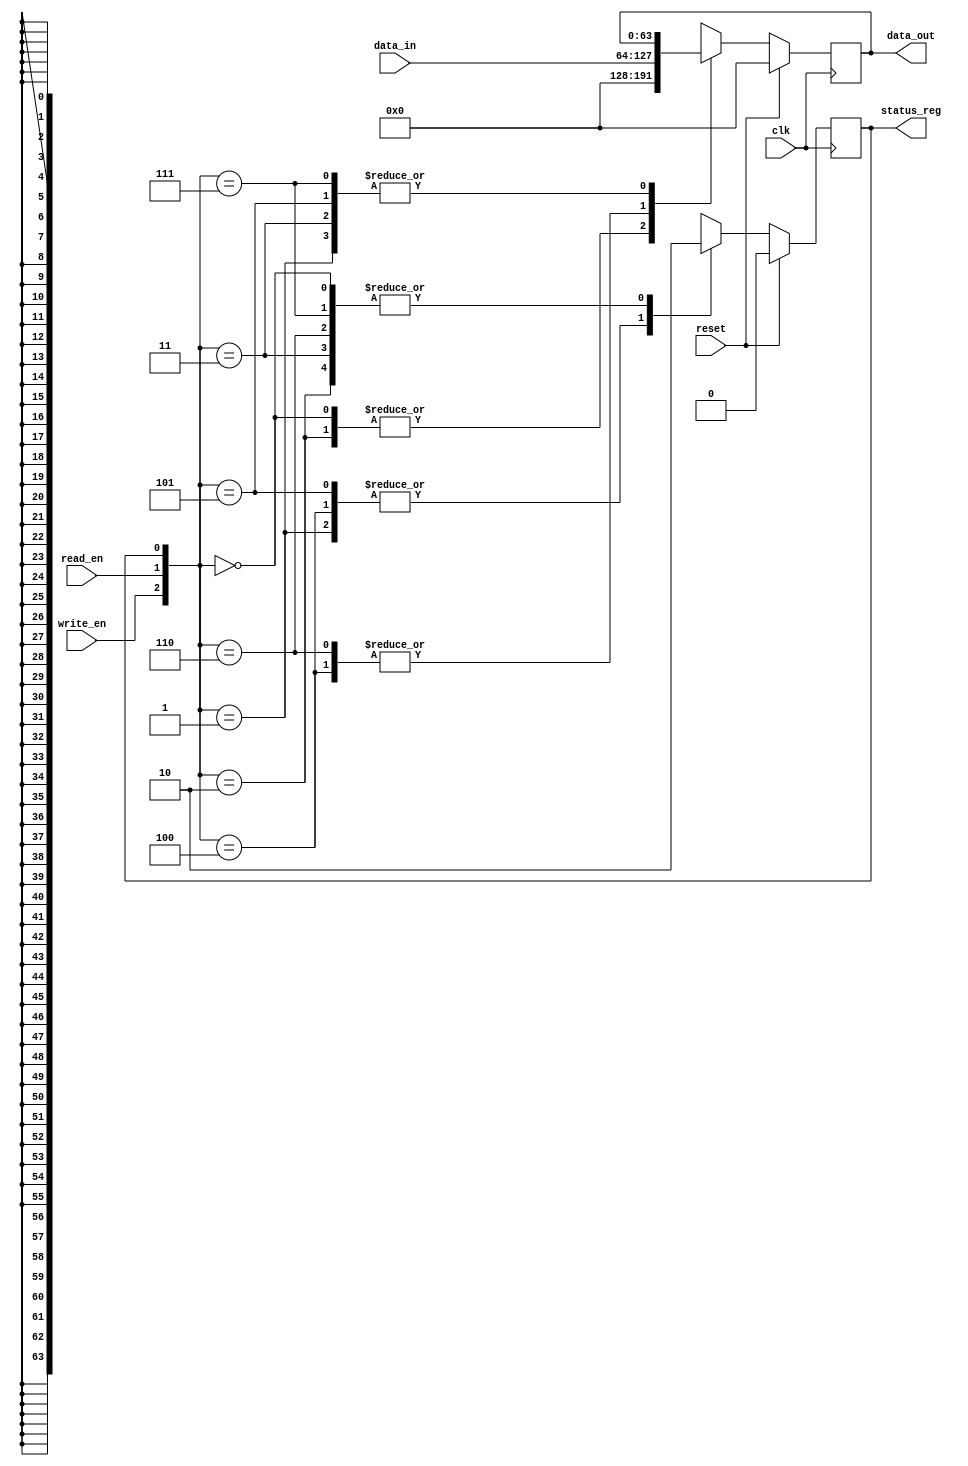
module cardinal_nic_buffer(
    clk, reset, write_en, read_en, data_in, data_out, status_reg
);

parameter BUFFER_WIDTH = 64;

input clk, reset; // synchronous active high reset
input write_en;
input read_en;
input [0:BUFFER_WIDTH - 1] data_in;
output reg [0:BUFFER_WIDTH - 1] data_out;
output reg status_reg; //channel status register flag to indicate if channel buffer is full or empty


always @(posedge clk) begin
    if (reset) begin
        status_reg <= 0;
        data_out <= 0;
    end
    else begin
        case ({write_en, read_en, status_reg})
            3'b000: begin
                status_reg <= 0;
                data_out <= 0;
            end
            3'b001: begin
                status_reg <= 1;
                data_out <= data_out;
            end
            3'b010: begin
                status_reg <= 0;
                data_out <= 0;
            end
            3'b011: begin
                status_reg <= 0;
                data_out <= data_out;
            end
            3'b100: begin
                status_reg <= 1;
                data_out <= data_in;
            end
            3'b101: begin
                status_reg <= 1;
                data_out <= data_out;
            end
            3'b110: begin
                status_reg <= 0;
                data_out <= data_in;
            end
            3'b111: begin
                status_reg <= 0;
                data_out <= data_out;
            end
        endcase
    end
end

endmodule